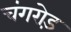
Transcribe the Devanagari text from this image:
चंगरोड़